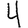
Digit: 4